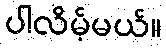
ပါလိမ့်မယ်။